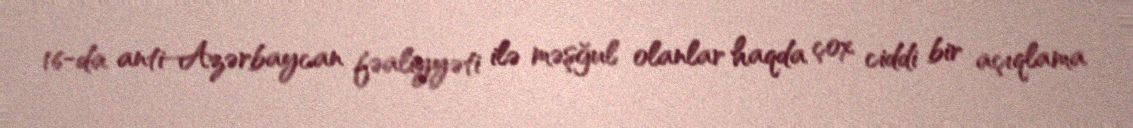
16-da anti-Azərbaycan fəaliyyəti ilə məşğul olanlar haqda çox ciddi bir açıqlama